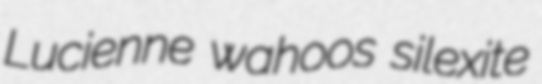
Lucienne wahoos silexite